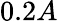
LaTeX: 0.2A